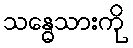
သန္ဓေသားကို